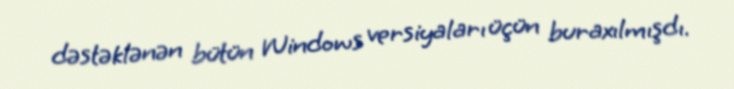
dəstəklənən bütün Windows versiyaları üçün buraxılmışdı.